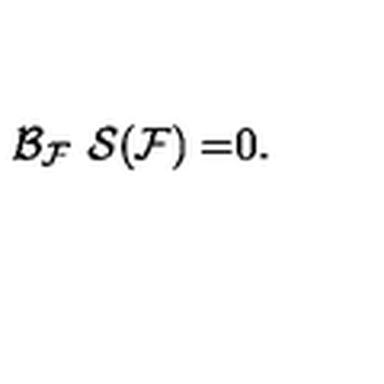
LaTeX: \mathcal { B } _ { \mathcal { F } } \ \mathcal { S ( F ) = } 0 .